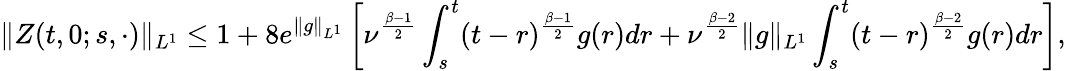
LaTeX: \| Z(t,0;s,\cdot)\| _{L^{1}}\leq 1+8e^{\| g\| _{L^{1}}}\left[\nu^{\frac{\beta-1}{2}}\int_{s}^{t}(t-r)^{\frac{\beta-1}{2}}g(r)dr+\nu^{\frac{\beta-2}{2}}\| g\| _{L^{1}}\int_{s}^{t}(t-r)^{\frac{\beta-2}{2}}g(r)dr\right],